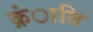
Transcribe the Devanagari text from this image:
क्रंाति